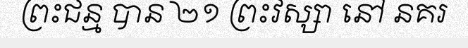
ព្រះជន្ម បាន ២១ ព្រះវស្សា នៅ នគរ